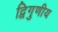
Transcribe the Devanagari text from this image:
द्विगुणीय